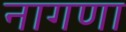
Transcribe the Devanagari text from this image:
नागणा